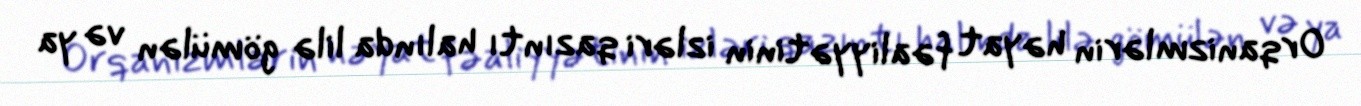
Orqanizmlərin həyat fəaliyyətinin izləri qazıntı halında lilə gömülən və ya